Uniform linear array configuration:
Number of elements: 64
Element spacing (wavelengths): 0.5
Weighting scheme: hann
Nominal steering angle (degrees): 15
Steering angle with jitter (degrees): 14.311
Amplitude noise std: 0.05
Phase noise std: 0.05

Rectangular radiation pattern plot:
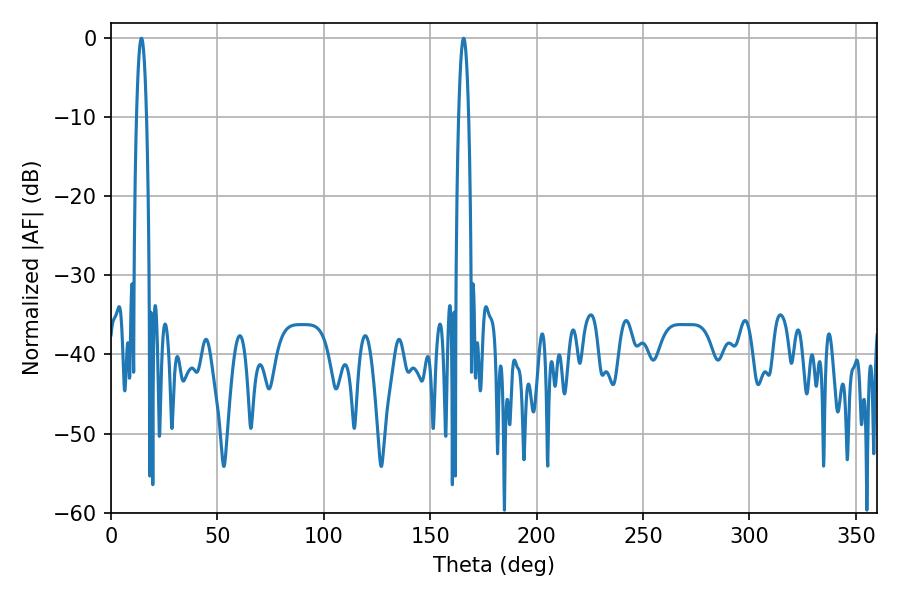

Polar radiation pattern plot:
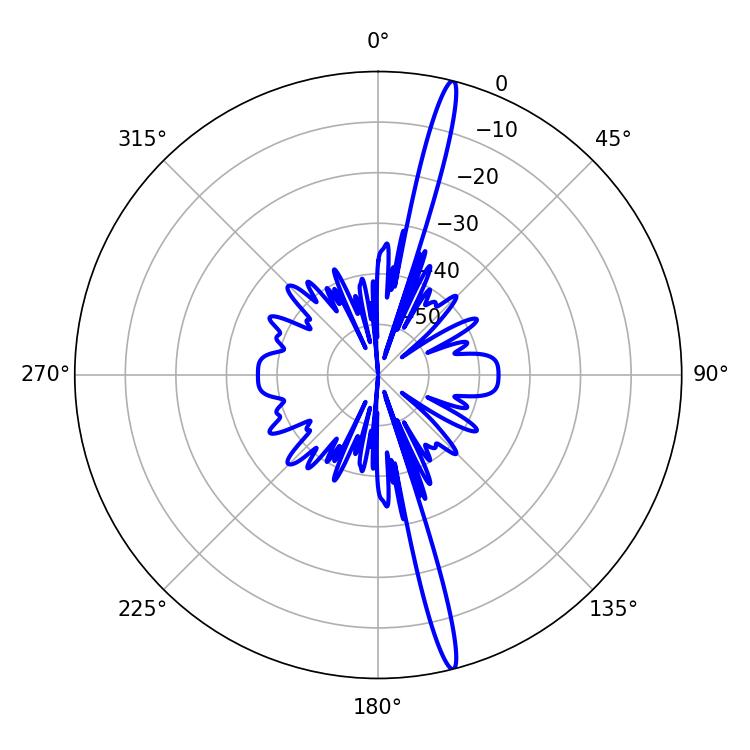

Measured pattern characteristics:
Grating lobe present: FALSE
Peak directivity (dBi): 19.15
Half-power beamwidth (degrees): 2.7
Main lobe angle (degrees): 14.22